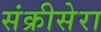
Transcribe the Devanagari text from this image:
संक्रीसेरा